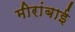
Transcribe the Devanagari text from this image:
मीरांबाई